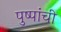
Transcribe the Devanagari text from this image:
पुष्पांची